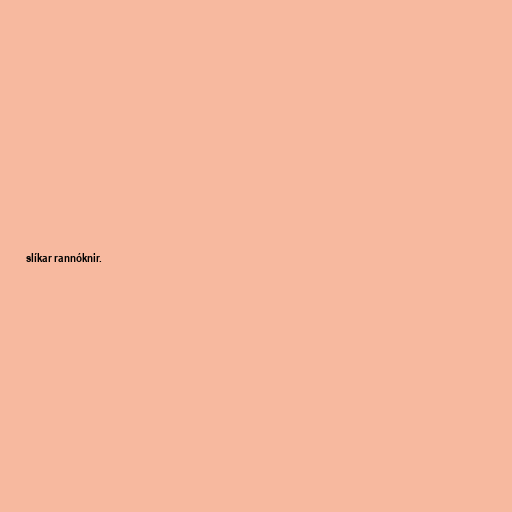
slíkar rannóknir.